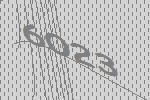
6023